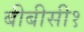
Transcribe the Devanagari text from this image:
बीबीसी१